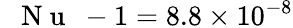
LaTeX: \mathrm{~\textit~{~N~u~}~}-1=8.8\times 10^{-8}